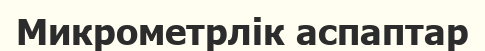
Микрометрлік аспаптар